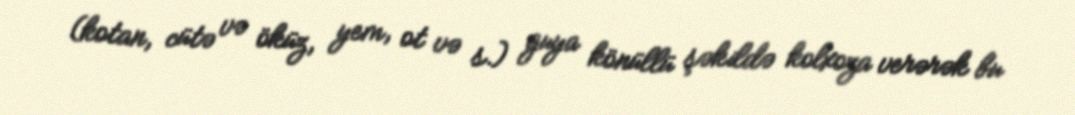
(kotan, cütə və öküz, yem, ot və s.) guya könüllü şəkildə kolxoza verərək bu